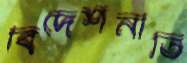
বিদেশনীতি